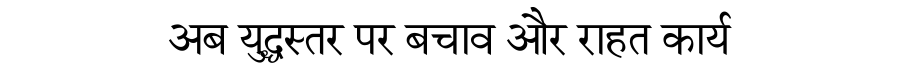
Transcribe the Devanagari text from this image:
अब युद्धस्तर पर बचाव और राहत कार्य